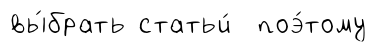
вы́брать статьи́ поэ́тому